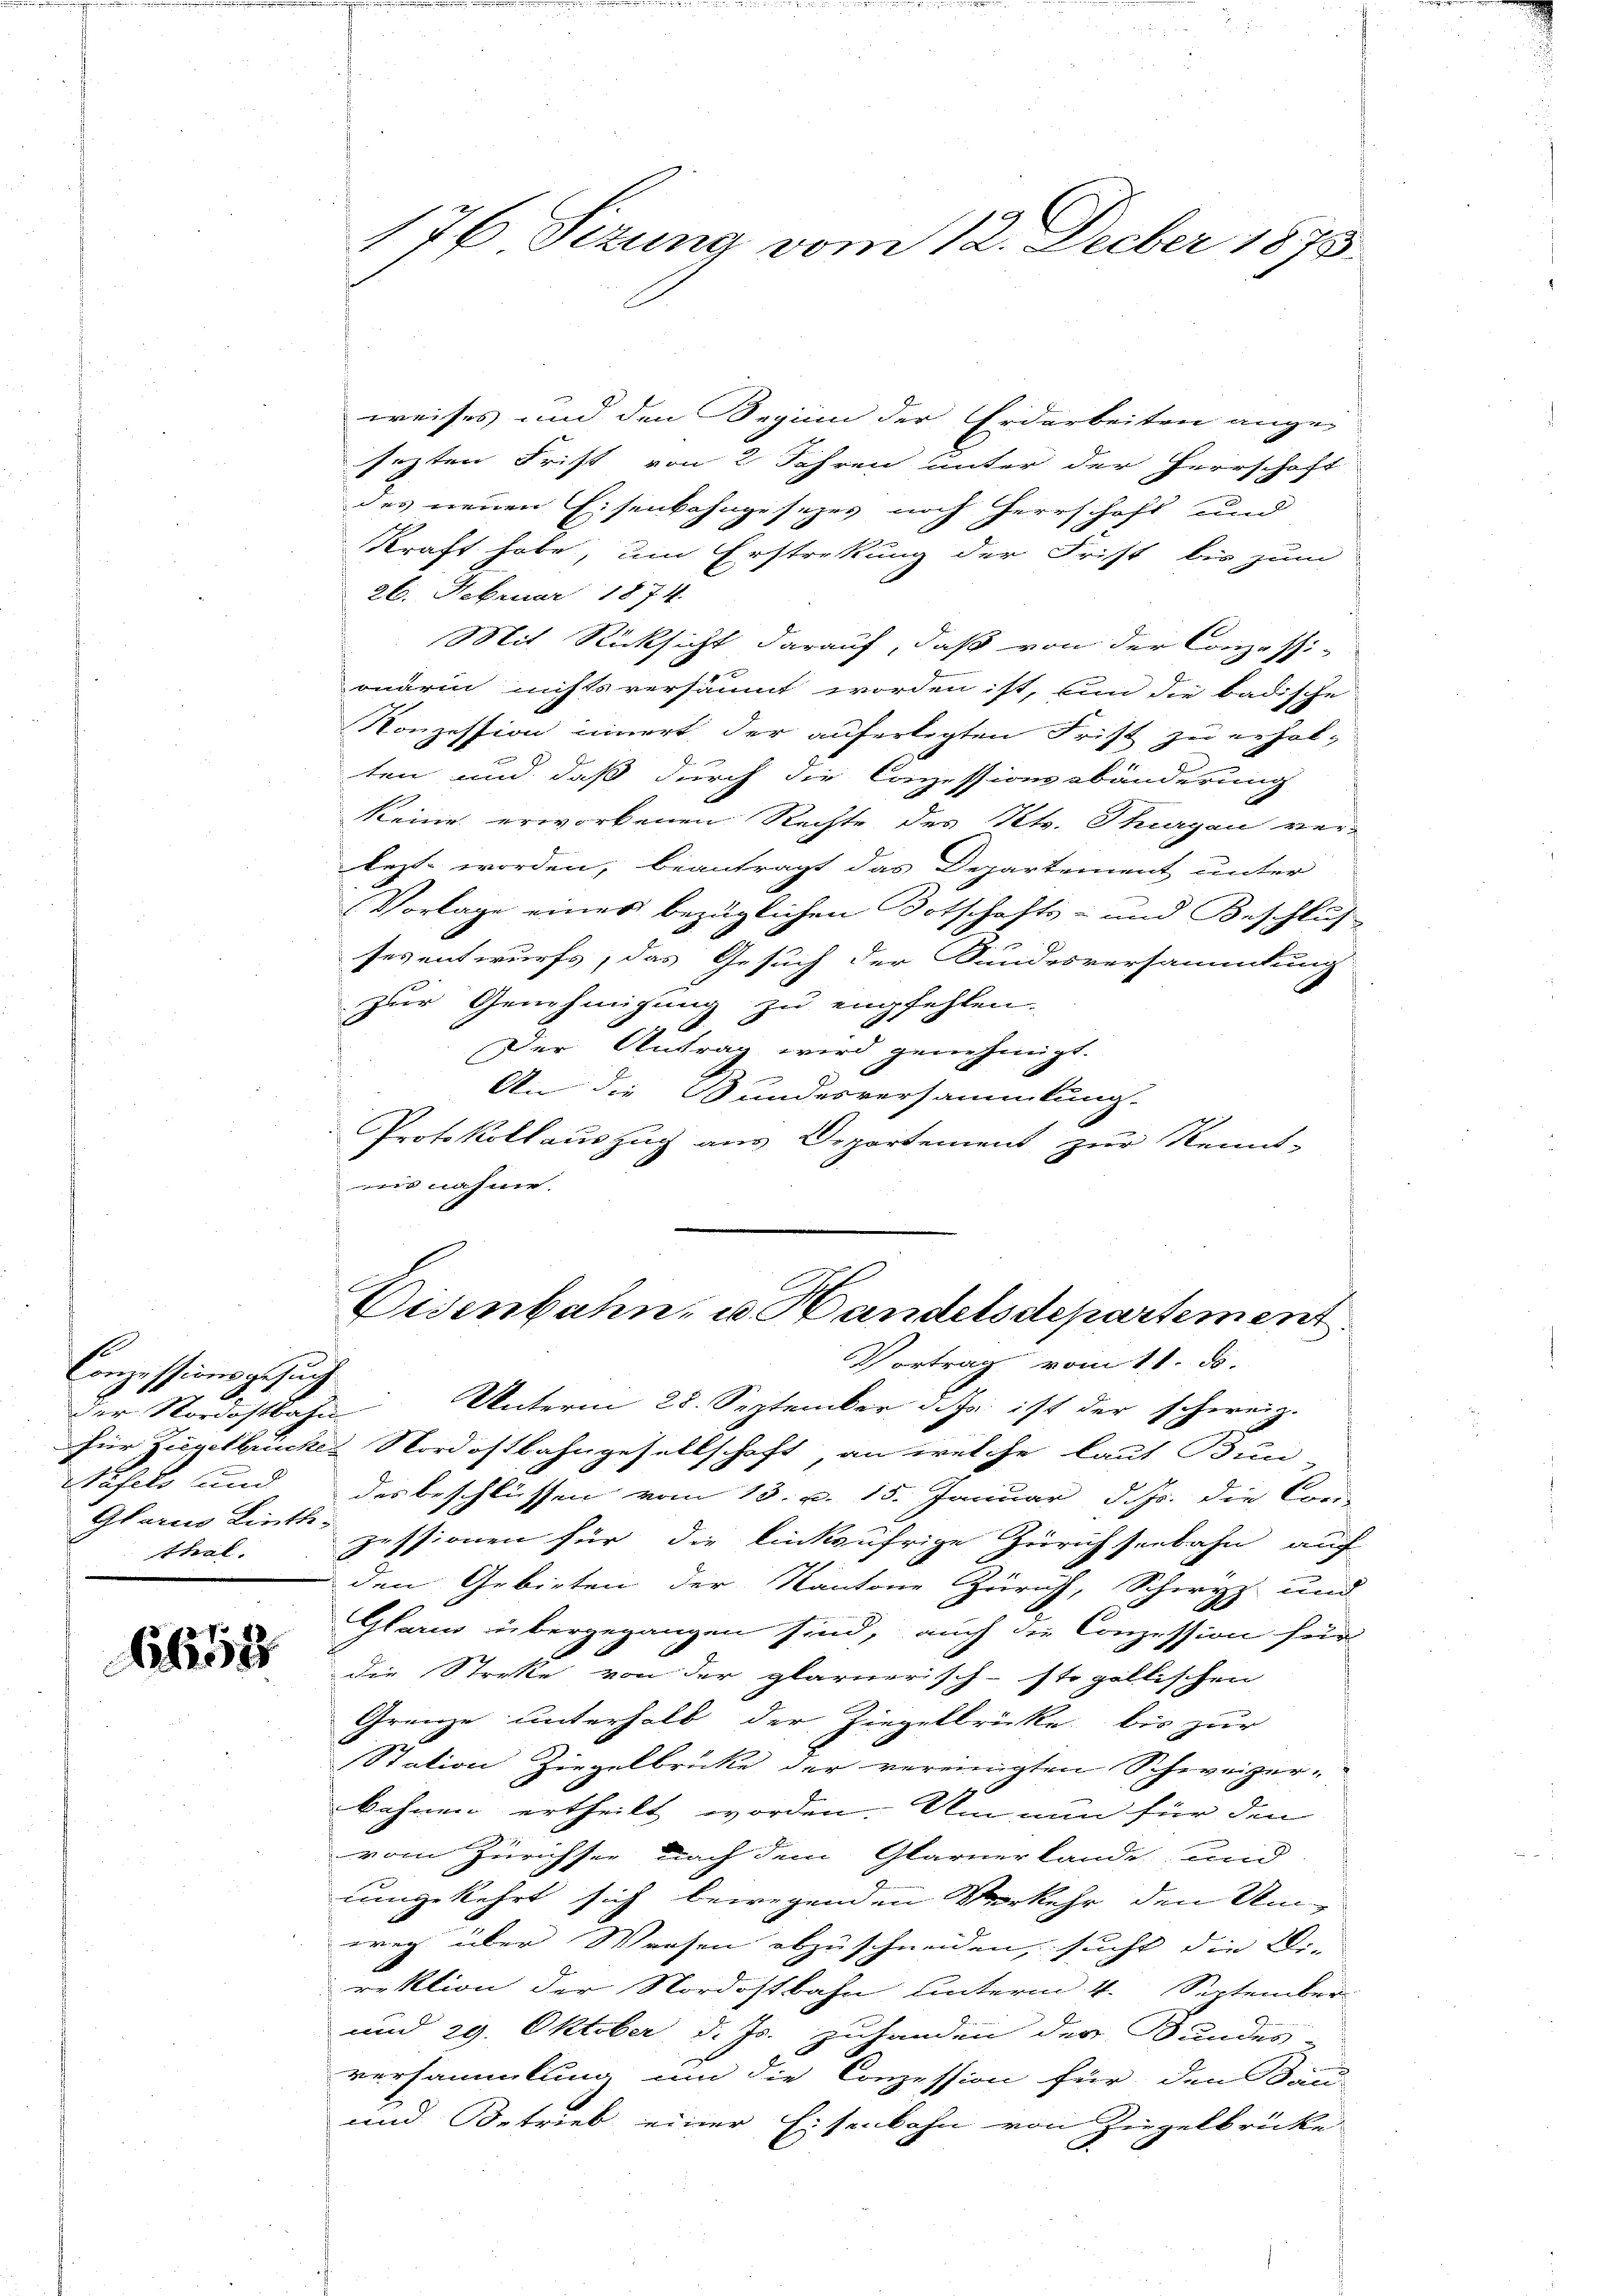
Conzessionsgesuch
Hasels und
Glarne Linth-
thal.

1252

weises und den Seginn der Erdarbeiten angesezten Frist von 2 Jahren unter der Herrschaft
des neuen Eisenbahngesezes noch Herrschaft und
kraft habe, um Erstrekung der Frist bis zum
26. Februar 1874.
Mit Rücksicht darauf, daß von der Conzessi-
onärin nichts versäumt worden ist, bin die badische
Konzession innert der auferlegten Frist zu erhol-
ten und daß durch die Conzessionssbänderung
keine erworbenen Rechte des Kts. Thurgau ver-
lezt worden; beantragt das Departement unter
Vorlage eines bezüglichen Botschafts- und Beschlus-
ses entwurfs, das Gesuch der Sundesversammlung
zur Genehmigung zu empfehlen.
Der Antrag wird genehmigt.
An die Bundesversammlung.
Protokollauszug aus Departement zur Kenns-
nis nahme.

176 Sizung vom 12. Decber 1875.

Disenbahn, u. Handelsdepartement.
Vortrag vom 11. ds.

der Nordostbahn Unterm 28. September d. Js. ist der schweiz.
für Ziegelbrückes Nordostbahngesellschaft, an welche laut Bun-
desbeschlüssen vom 13. v. 15. Januar d. Js. die Curie
zessionen für die linksufrige Zürichseebahn auch
den Gebieten der Kantone Zürich, Schwyz und
Glarus übergegangen sind, auch die Conzession für
die Streke von der glarnerisch-sto gallischen
Grenze unterhalb der Ziegelbrücke bis zur
Station Ziegelbrücke der vereinigten Schweizerbahnen ertheilt worden. Um nun für den
vom Zürichsee nach dem Glarner Lande und
umgekehrt sich bewegenden Verkehr den Um-
weg über Weisen abzuschneiden, sucht die Di-
rektion der Nordostbahn unterm 4. September
und 29. Oktober d. Js. zuhanden der Bundes-
versammlung um die Conzession für den Bau-
und Betrieb einer Eisenbahn von Ziegelbrücke